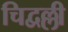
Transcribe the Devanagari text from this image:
चिद्वल्ली